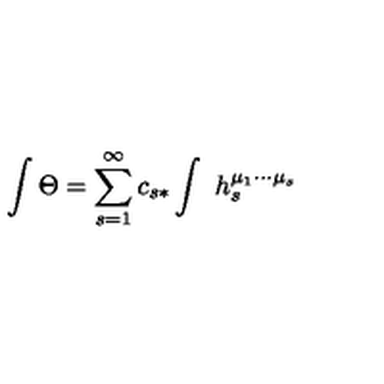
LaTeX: \int \Theta = \sum _ { s = 1 } ^ { \infty } c _ { s * } \int \ h _ { s } ^ { \mu _ { 1 } \cdots \mu _ { s } }